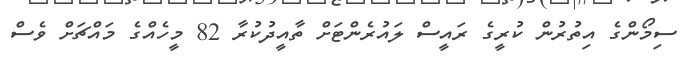
ސިމޯންގެ އިތުރުން ކުރީގެ ރައީސް ލައުރެންޓަށް ތާއީދުކުރާ 82 މީހެއްގެ މައްޗަށް ވެސް